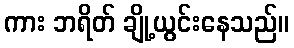
ကား ဘရိတ် ချို့ယွင်းနေသည်။